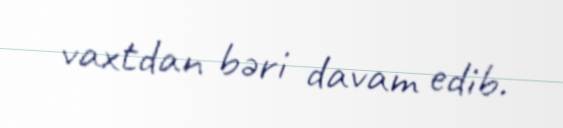
vaxtdan bəri davam edib.